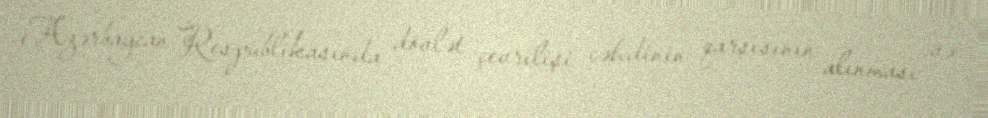
Azərbaycan Respublikasında dövlət çevrilişi cəhdinin qarşısının alınması və